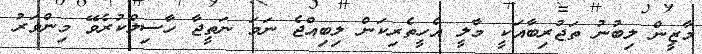
މާޒީން ލިބުނު ތަޖުރިބާއަކީ މާލީ އެހީތެރިކަން ލިބިއްޖެ ނަމަ ނަތީޖާ ހާސިލްކުރެވޭ މިންވަރު